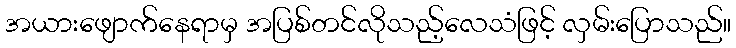
အယားဖျောက်နေရာမှ အပြစ်တင်လိုသည့်လေသံဖြင့် လှမ်းပြောသည်။